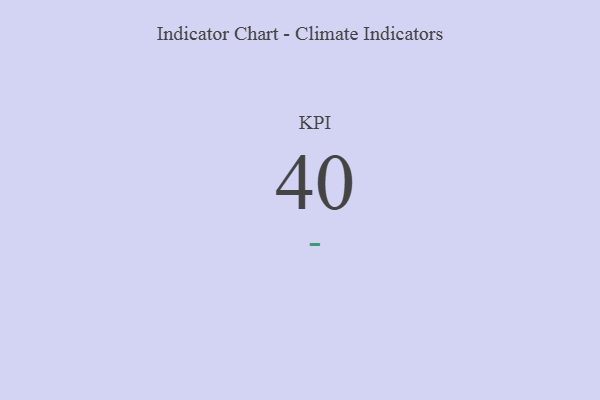
{"axis": {"x": "KPI", "y": "Value"}, "legend": [""], "data": [{"x": "KPI", "y": 40, "type": ""}]}